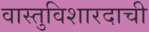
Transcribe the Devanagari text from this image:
वास्तुविशारदाची